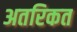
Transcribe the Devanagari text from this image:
अतरिकत